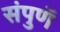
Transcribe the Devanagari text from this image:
संपुणॅ